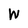
Character: W